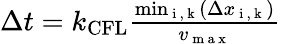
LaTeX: \begin{array}{r}{\Delta t=k_{\mathrm{CFL}}\frac{\operatorname*{min}_{\mathrm{~i~,~k~}}(\Delta x_{\mathrm{~i~,~k~}})}{v_{\mathrm{~m~a~x~}}}}\end{array}